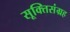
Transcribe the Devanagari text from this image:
सूक्तिसंग्रह